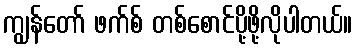
ကျွန်တော် ဖက်စ် တစ်စောင်ပို့ဖို့လိုပါတယ်။